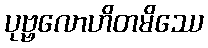
ပုဗ္ဗလောဟိတမိဿေ